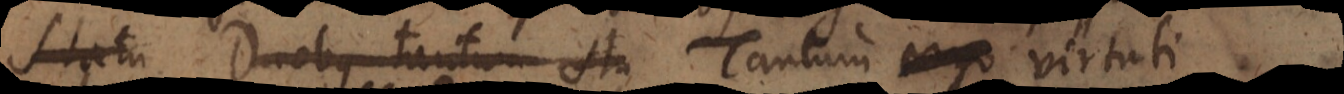
Statu Duobus tantum sta Tantum virtuti,